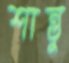
শান্তু